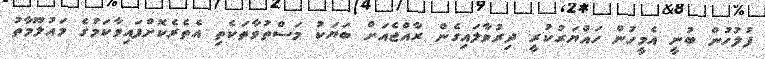
ފުލުހުން ބުނީ އެމީހުން ހައްޔަރުކުރީ ދިރުވާލައިގެން ރާއްޖެއަށް ބަޔަކު މަސްތުވާތަކެތި އެތެރެކޮށްފައިވާކަމުގެ މައުލޫމާތު